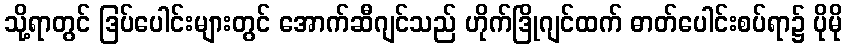
သို့ရာတွင် ဒြပ်ပေါင်းများတွင် အောက်ဆီဂျင်သည် ဟိုက်ဒြိုဂျင်ထက် ဓာတ်ပေါင်းစပ်ရာ၌ ပိုမို